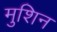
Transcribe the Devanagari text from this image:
मुशिन